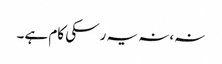
نہ،نہ یہ رسکی کام ہے۔